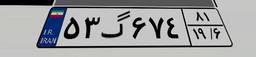
۳۶گ۲۰۹۹۱